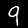
Label: 9